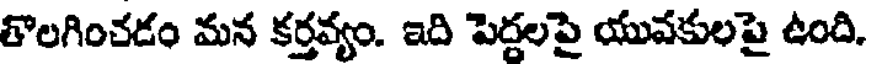
తొలగించడం మన కర్తవ్యం. ఇది పెద్దలపై యువకులపై ఉంది.